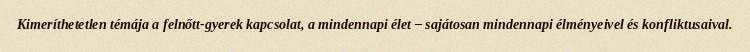
Kimeríthetetlen témája a felnőtt-gyerek kapcsolat, a mindennapi élet – sajátosan mindennapi élményeivel és konfliktusaival.